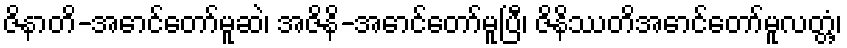
ဇိနာတိ-အောင်တော်မူဆဲ၊ အဇိနိ-အောင်တော်မူပြီ၊ ဇိနိဿတိအောင်တော်မူလတ္တံ့၊